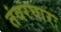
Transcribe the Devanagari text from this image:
तंवरघारः